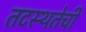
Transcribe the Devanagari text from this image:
तटस्थतेची